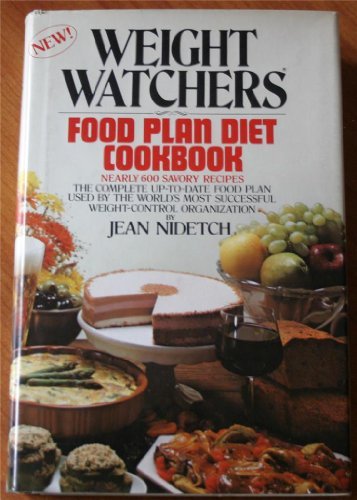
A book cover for Weight Watchers' Food Plan Cookbook; Jean Nidetch; Health, Fitness & Dieting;